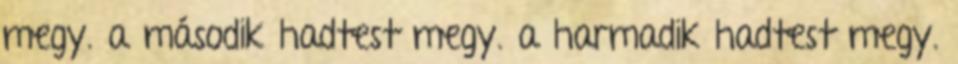
megy. a második hadtest megy. a harmadik hadtest megy.